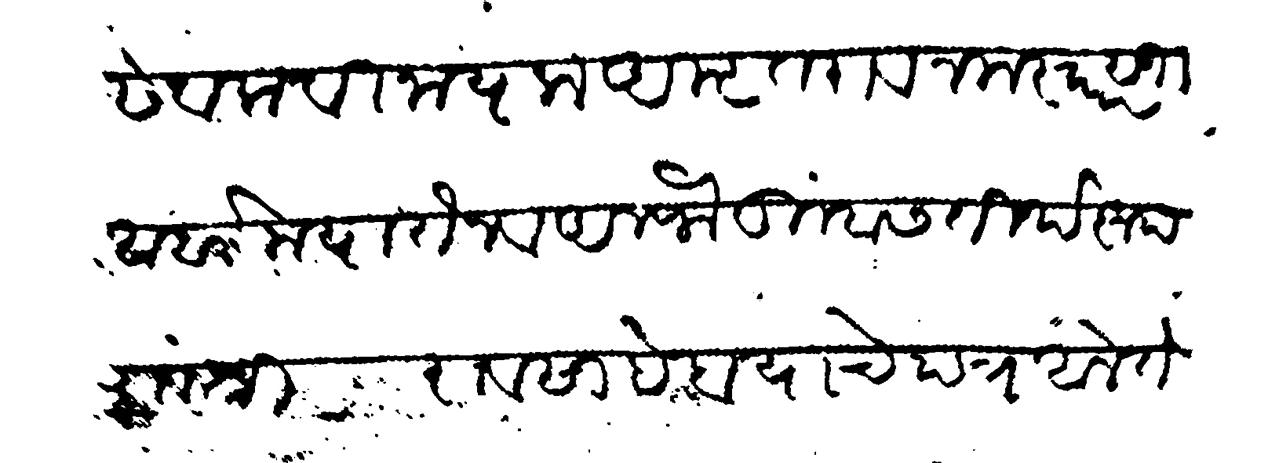
Transliteration (Devanagari): सेवक विनायक अमृतराव नमस्कार सु अर्बा मयातेन व अलफ तुम्हास तीर्थरूप राजश्री रावसाहेब याचे पत्र आले ते